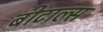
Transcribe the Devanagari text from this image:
बीटाल्स